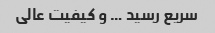
سریع رسید … و کیفیت عالی